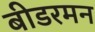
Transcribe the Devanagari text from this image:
बीडरमन